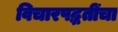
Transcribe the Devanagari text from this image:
विचारपद्धतींचा